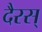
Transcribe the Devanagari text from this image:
दैरस्